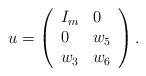
LaTeX: \begin{align*}u=\left(\begin{array}{lll}I_m & 0\\0 & w_5\\w_3 & w_6\end{array}\right).\end{align*}